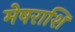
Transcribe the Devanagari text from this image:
मेषराशि